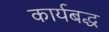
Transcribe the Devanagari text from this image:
कार्यबद्ध